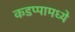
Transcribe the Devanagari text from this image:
कडप्पामध्ये